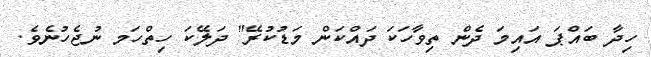
ހިދާ ބައްޕަ އައިމަ ދެން ތިވާހަކަ ދައްކަން މަޑުކުރޭ" ދަލޭކަ ހިތްހަމ ނުޖެހުނެވެ.